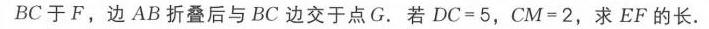
$BC$于$F$，边$AB$折叠后与$BC$边交于点$G$. 若$DC = 5$，$CM = 2$，求$EF$的长.